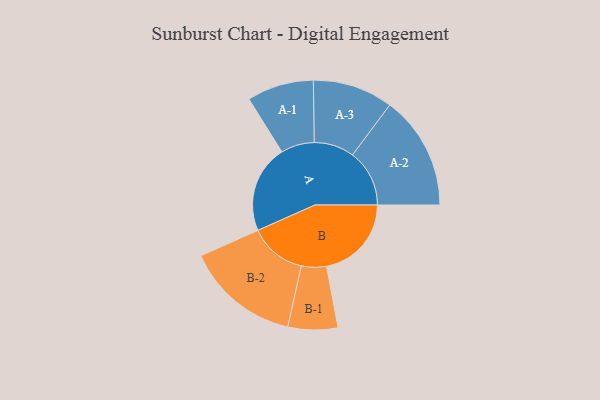
{"axis": {"x": "Segment", "y": "Value"}, "legend": ["", "A", "B"], "data": [{"x": "A", "y": 402, "type": ""}, {"x": "B", "y": 389, "type": ""}, {"x": "A-1", "y": 153, "type": "A"}, {"x": "A-2", "y": 261, "type": "A"}, {"x": "A-3", "y": 184, "type": "A"}, {"x": "B-1", "y": 114, "type": "B"}, {"x": "B-2", "y": 262, "type": "B"}]}